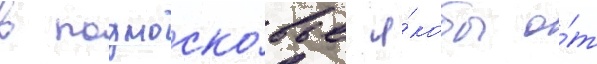
в подмоско́вье я́кобы о́т